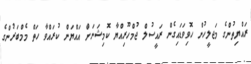
ރައްޔިތުންގެ މަޖލީހުން ހޮވިވަޑައިގެން ރައީސުލް ޖުމްހޫރިއްޔާ ކޮމިޝަނަށް އައްޔަން ކުރައްވާ ހަތް މެމްބަރުންގެ